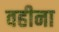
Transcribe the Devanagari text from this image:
वहीना